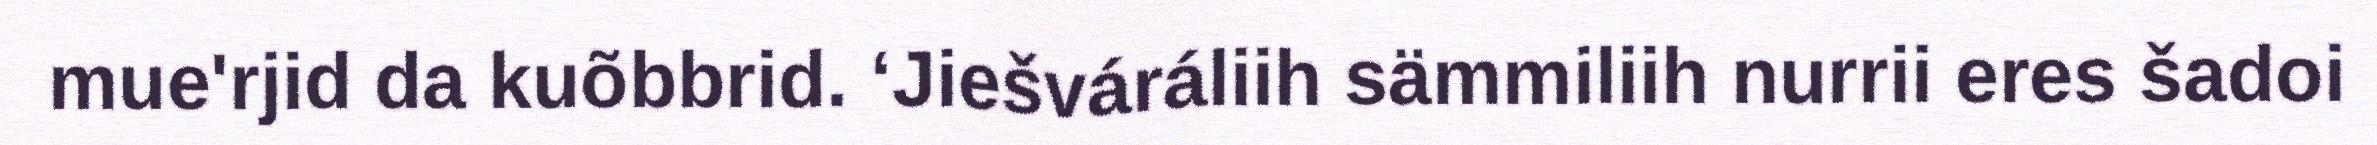
mue'rjid da kuõbbrid. ‘Jiešváráliih sämmiliih nurrii eres šadoi